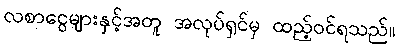
လစာငွေများနှင့်အတူ အလုပ်ရှင်မှ ထည့်ဝင်ရသည်။